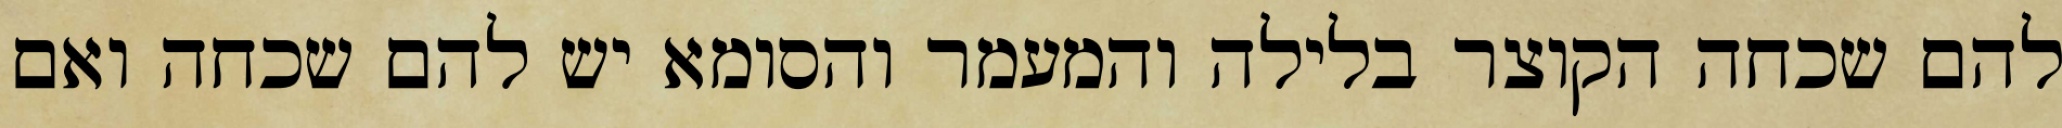
להם שכחה הקוצר בלילה והמעמר והסומא יש להם שכחה ואם